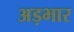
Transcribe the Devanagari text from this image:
अड़भार